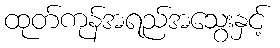
ထုတ်ကုန်အရည်အသွေးနှင့်